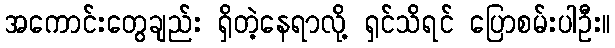
အကောင်းတွေချည်း ရှိတဲ့နေရာလို့ ရှင်သိရင် ပြောစမ်းပါဦး။